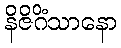
နိဇိဂိံသာနော